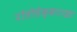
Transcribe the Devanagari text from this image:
पॉलीसैक्काराइड